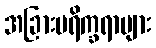
အခြားပရိက္ခရာများ